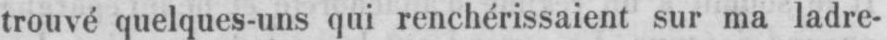
trouvé quelques-uns qui renchérissaient sur ma ladre-